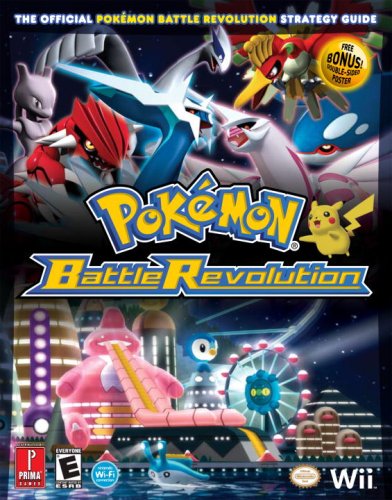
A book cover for Pokemon Battle Revolution: Prima Official Game Guide (Prima Official Game Guides); Computers & Technology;